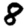
Digit: 8